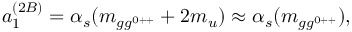
a _ { 1 } ^ { ( 2 B ) } = \alpha _ { s } ( m _ { g g ^ { 0 + + } } + 2 m _ { u } ) \approx \alpha _ { s } ( m _ { g g ^ { 0 + + } } ) ,